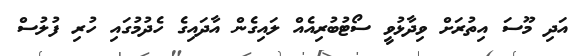
އަދި މޫސަ އިތުރަށް ވިދާޅުވީ ސޯޓުބުރިއެއް ލައިގެން އާދައިގެ ހެދުމުގައި ހުރި ފުލުސް